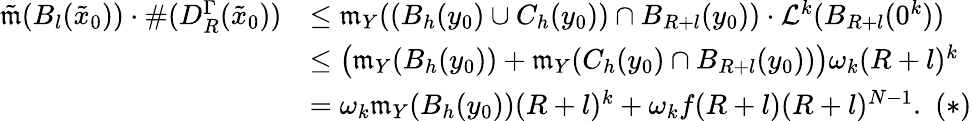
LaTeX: \begin{array}{rl}{\tilde{\mathfrak{m}}(B_{l}(\tilde{x}_{0}))\cdot\# (D_{R}^{\Gamma}(\tilde{x}_{0}))}&{\leq\mathfrak{m}_{Y}((B_{h}(y_{0})\cup C_{h}(y_{0}))\cap B_{R+l}(y_{0}))\cdot\mathcal{L}^{k}(B_{R+l}(0^{k}))}\\ &{\leq\big(\mathfrak{m}_{Y}(B_{h}(y_{0}))+\mathfrak{m}_{Y}(C_{h}(y_{0})\cap B_{R+l}(y_{0}))\big)\omega_{k}(R+l)^{k}}\\ &{=\omega_{k}\mathfrak{m}_{Y}(B_{h}(y_{0}))(R+l)^{k}+\omega_{k}f(R+l)(R+l)^{N-1}.\, \, (*)}\end{array}